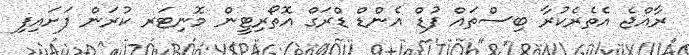
ރާއްޖެ އެތެރެކުރާ ބިސްތައް ފުޑް އެންޑް ޑްރަގް އޮތޯރިޓީން މޮނިޓަރ ކުރަން ފަށައިފި